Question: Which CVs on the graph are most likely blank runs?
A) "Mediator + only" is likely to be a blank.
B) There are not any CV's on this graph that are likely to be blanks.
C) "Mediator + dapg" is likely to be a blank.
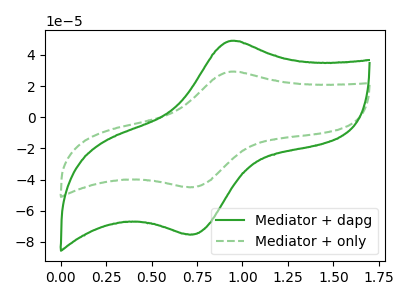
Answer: <think>The green curve "Mediator + dapg" has an anodic peak at (0.95V, 48.95uA) and a cathodic peak at (0.70V, -75.10uA). The green dashed curve "Mediator + only" has an anodic peak at (0.95V, 29.20uA) and a cathodic peak at (0.70V, -44.80uA).</think>
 <answer>B) There are not any CV's on this graph that are likely to be blanks.</answer>
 <eval>B</eval>